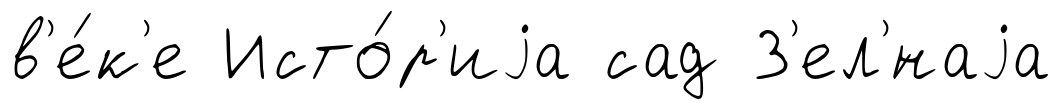
в'е́к'е Исто́р'иjа сад З'ел'́наjа